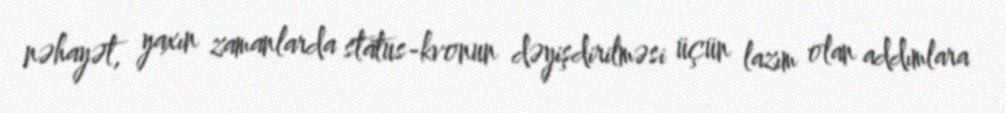
nəhayət, yaxın zamanlarda status-kvonun dəyişdirilməsi üçün lazım olan addımlara